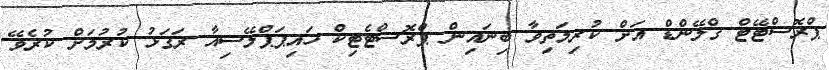
ޕްރޮސްޓޭޓް ގްލޭންޑް އަށް ކުރިމަތިވާ ބިނައިން ޕްރޮސްޓެޓިކް ހައިޕަޕްލޭސިއާ ރަގަޅު ކުރުމަށް ކުރެވޭ